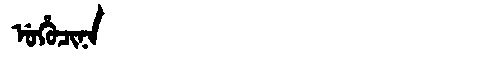
Manchu: ᡠᡥᡠᠴᡳᠨᠠ
Romanization: UHUCINA